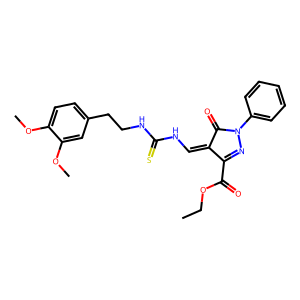
SMILES: CCOC(=O)C1=NN(c2ccccc2)C(=O)C1=CNC(=S)NCCc1ccc(OC)c(OC)c1
Inhibits HIV replication: No